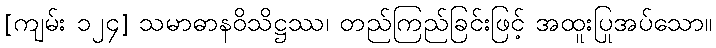
[ကျမ်း ၁၂၄] သမာဓာနဝိသိဋ္ဌဿ၊ တည်ကြည်ခြင်းဖြင့် အထူးပြုအပ်သော။